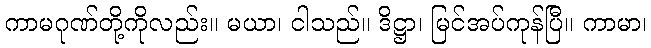
ကာမဂုဏ်တို့ကိုလည်း။ မယာ၊ ငါသည်။ ဒိဋ္ဌာ၊ မြင်အပ်ကုန်ပြီ။ ကာမာ၊